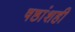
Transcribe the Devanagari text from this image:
षष्ठांशही